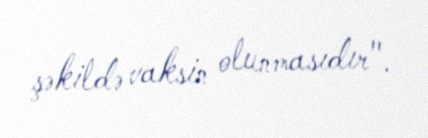
şəkildə vaksin olunmasıdır".